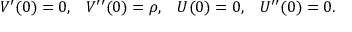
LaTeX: V ^ { \prime } ( 0 ) = 0 , \; \; \; V ^ { \prime \prime } ( 0 ) = \rho , \; \; \; U ( 0 ) = 0 , \; \; \; U ^ { \prime \prime } ( 0 ) = 0 .